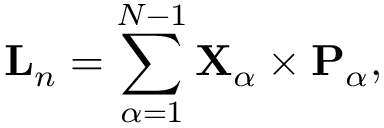
{ \mathbf { L } } _ { n } = \sum _ { \alpha = 1 } ^ { N - 1 } { \mathbf { X } } _ { \alpha } \times { \mathbf { P } } _ { \alpha } ,